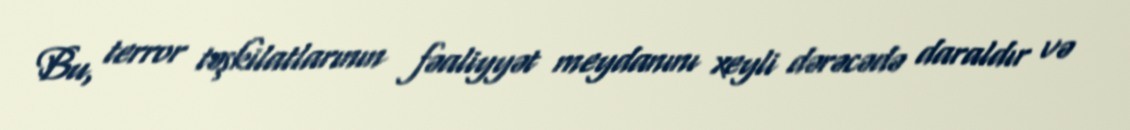
Bu, terror təşkilatlarının fəaliyyət meydanını xeyli dərəcədə daraldır və